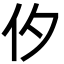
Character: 㐴